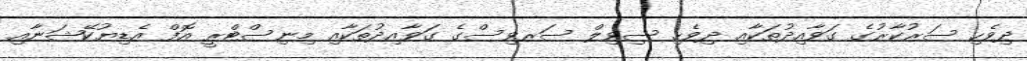
ދިވެހި ސަރުކާރުގެ ގަވާއިދުތަކާއި ދިވެހި ސިވިލް ސަރވިސްގެ ގަވާއިދުތަކާއި މިނިސްޓްރީ އޮފް އެޑިޔުކޭޝަނާއި